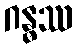
ဂန္ဓဿ